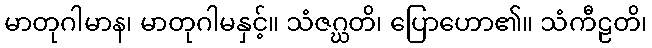
မာတုဂါမာန၊ မာတုဂါမနှင့်။ သံဇဂ္ဃတိ၊ ပြောဟော၏။ သံကီဠတိ၊